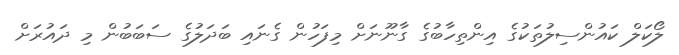
ލޯކަލް ކައުންސިލުތަކުގެ އިންތިހާބުގެ ގާނޫނަށް މިފަހުން ގެނައި ބަދަލުގެ ސަބަބުން މި ދައުރަށް